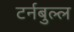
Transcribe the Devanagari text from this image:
टर्नबुल्ल